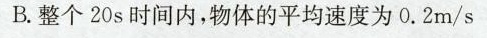
B整个20s间内，物体的平均速度为0.2ms